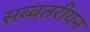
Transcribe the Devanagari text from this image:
सब्बतरीयन